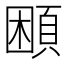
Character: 𩒱